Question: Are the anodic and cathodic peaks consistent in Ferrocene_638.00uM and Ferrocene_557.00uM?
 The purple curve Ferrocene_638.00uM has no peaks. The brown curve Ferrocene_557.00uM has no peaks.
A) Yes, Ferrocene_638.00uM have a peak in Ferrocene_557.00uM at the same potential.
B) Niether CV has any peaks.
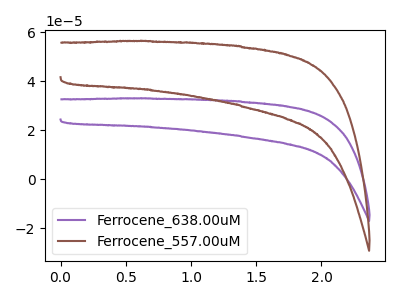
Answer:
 <answer>B) Niether CV has any peaks.</answer>
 <eval>B</eval>